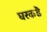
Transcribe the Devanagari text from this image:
घरकडॆ